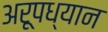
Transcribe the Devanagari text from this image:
अरूपध्यान